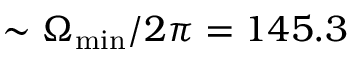
\sim \Omega _ { \mathrm { m i n } } / 2 \pi = 1 4 5 . 3